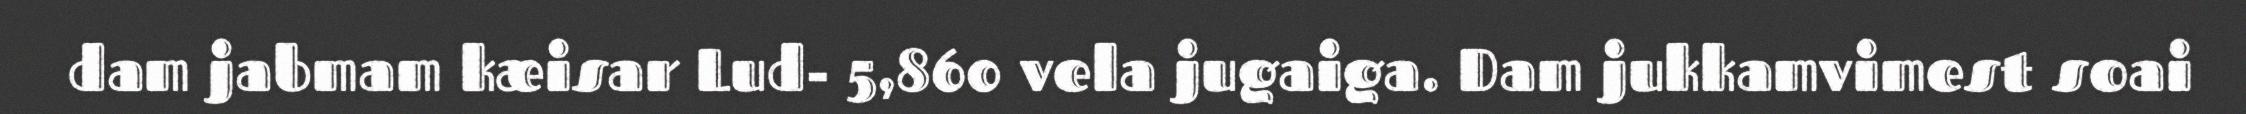
dam jabmam kæisar Lud- 5,860 vela jugaiga. Dam jukkamvimest soai